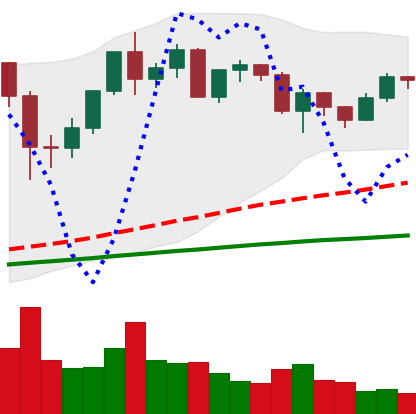
Ticker: ETH-USD
Chart end date: 2020-12-14
Forward return: 12.506%
Label: up_7plus